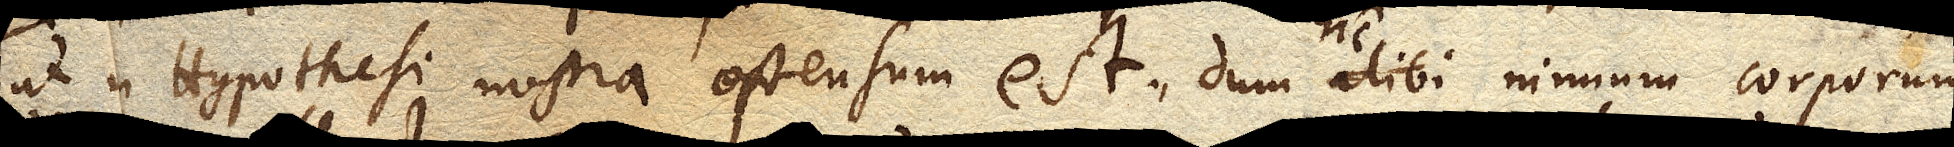
ut in Hypothesi nostra ostensum est, dum alibi hic in unum corporum